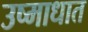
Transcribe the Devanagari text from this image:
उष्माधात